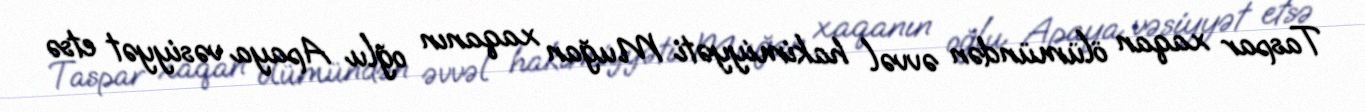
Taspar xaqan ölümündən əvvəl hakimiyyəti Muğan xaqanın oğlu Apaya vəsiyyət etsə